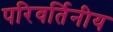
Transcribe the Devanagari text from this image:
परिवर्तिनीय